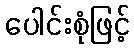
ပေါင်းစုံဖြင့်